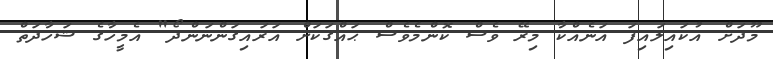
މޫދަށް އުކައިލައިފަ އަނެއްކާ މިރޭ ވެސް ކޮންމެވެސް ޙައްޤަކަށް އަރައިގަންނަންދޯ" އެމީހާގެ ޝަހާދަތް